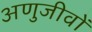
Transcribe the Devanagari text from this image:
अणुजीवों